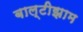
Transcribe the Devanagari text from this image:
बाल्टीझाम